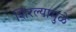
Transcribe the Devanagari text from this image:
शिरल्यामुळे